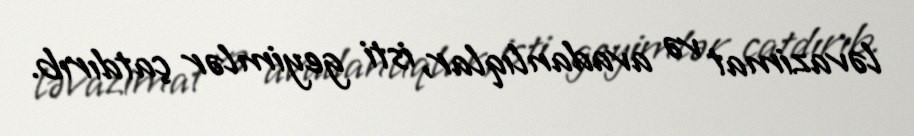
ləvazimat və avadanlıqlar, isti geyimlər çatdırıb.